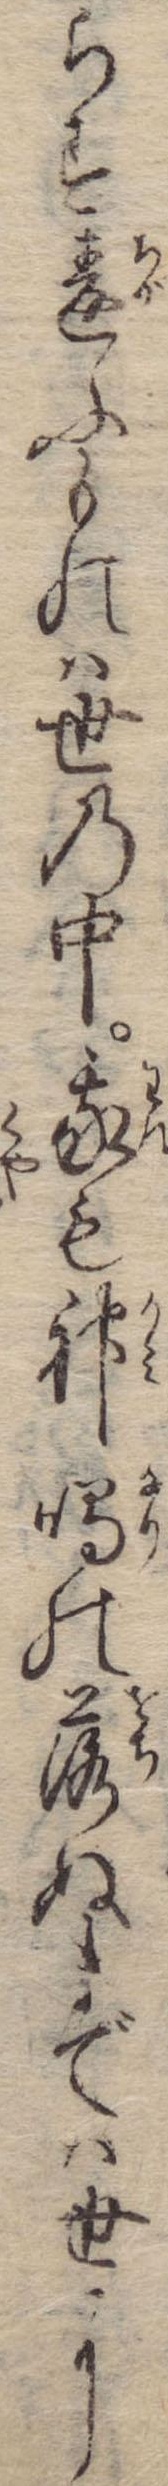
らす違ふものは世の中我も神鳴の落ぬまでは世に